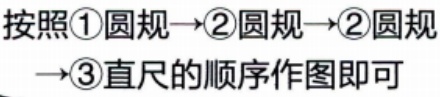
按照\textcircled{1}圆规→\textcircled{2}圆规→\textcircled{2}圆规→\textcircled{3}直尺的顺序作图即可